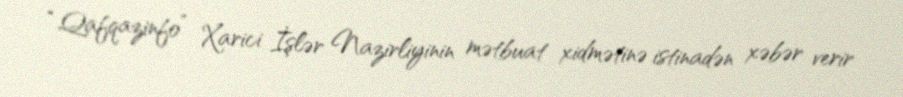
“Qafqazinfo” Xarici İşlər Nazirliyinin mətbuat xidmətinə istinadən xəbər verir